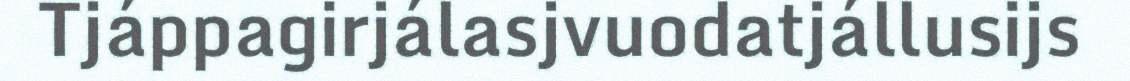
Tjáppagirjálasjvuodatjállusijs